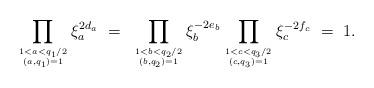
LaTeX: \begin{align*}\prod_{1 < a < q_1/2 \atop (a, q_1) =1} {\xi}_a^{2d_a} ~=~ \prod_{1 < b < q_2/2 \atop (b, q_2) =1} {\xi}_b^{-2e_b} \prod_{1 < c < q_3/2 \atop (c, q_3) =1} {\xi}_c^{-2f_c}~=~1.\end{align*}